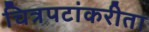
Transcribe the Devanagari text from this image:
चित्रपटांकरीता